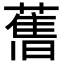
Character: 𦾔